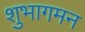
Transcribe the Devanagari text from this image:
शुभागमन